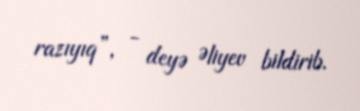
razıyıq”, - deyə Əliyev bildirib.